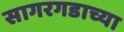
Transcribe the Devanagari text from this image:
सागरगडाच्या